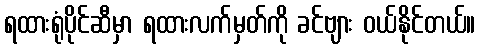
ရထားရုံပိုင်ဆီမှာ ရထားလက်မှတ်ကို ခင်ဗျား ဝယ်နိုင်တယ်။